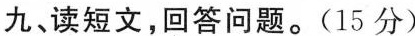
九、读短文，回答问题。(15分)